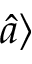
\widehat { a } \rangle